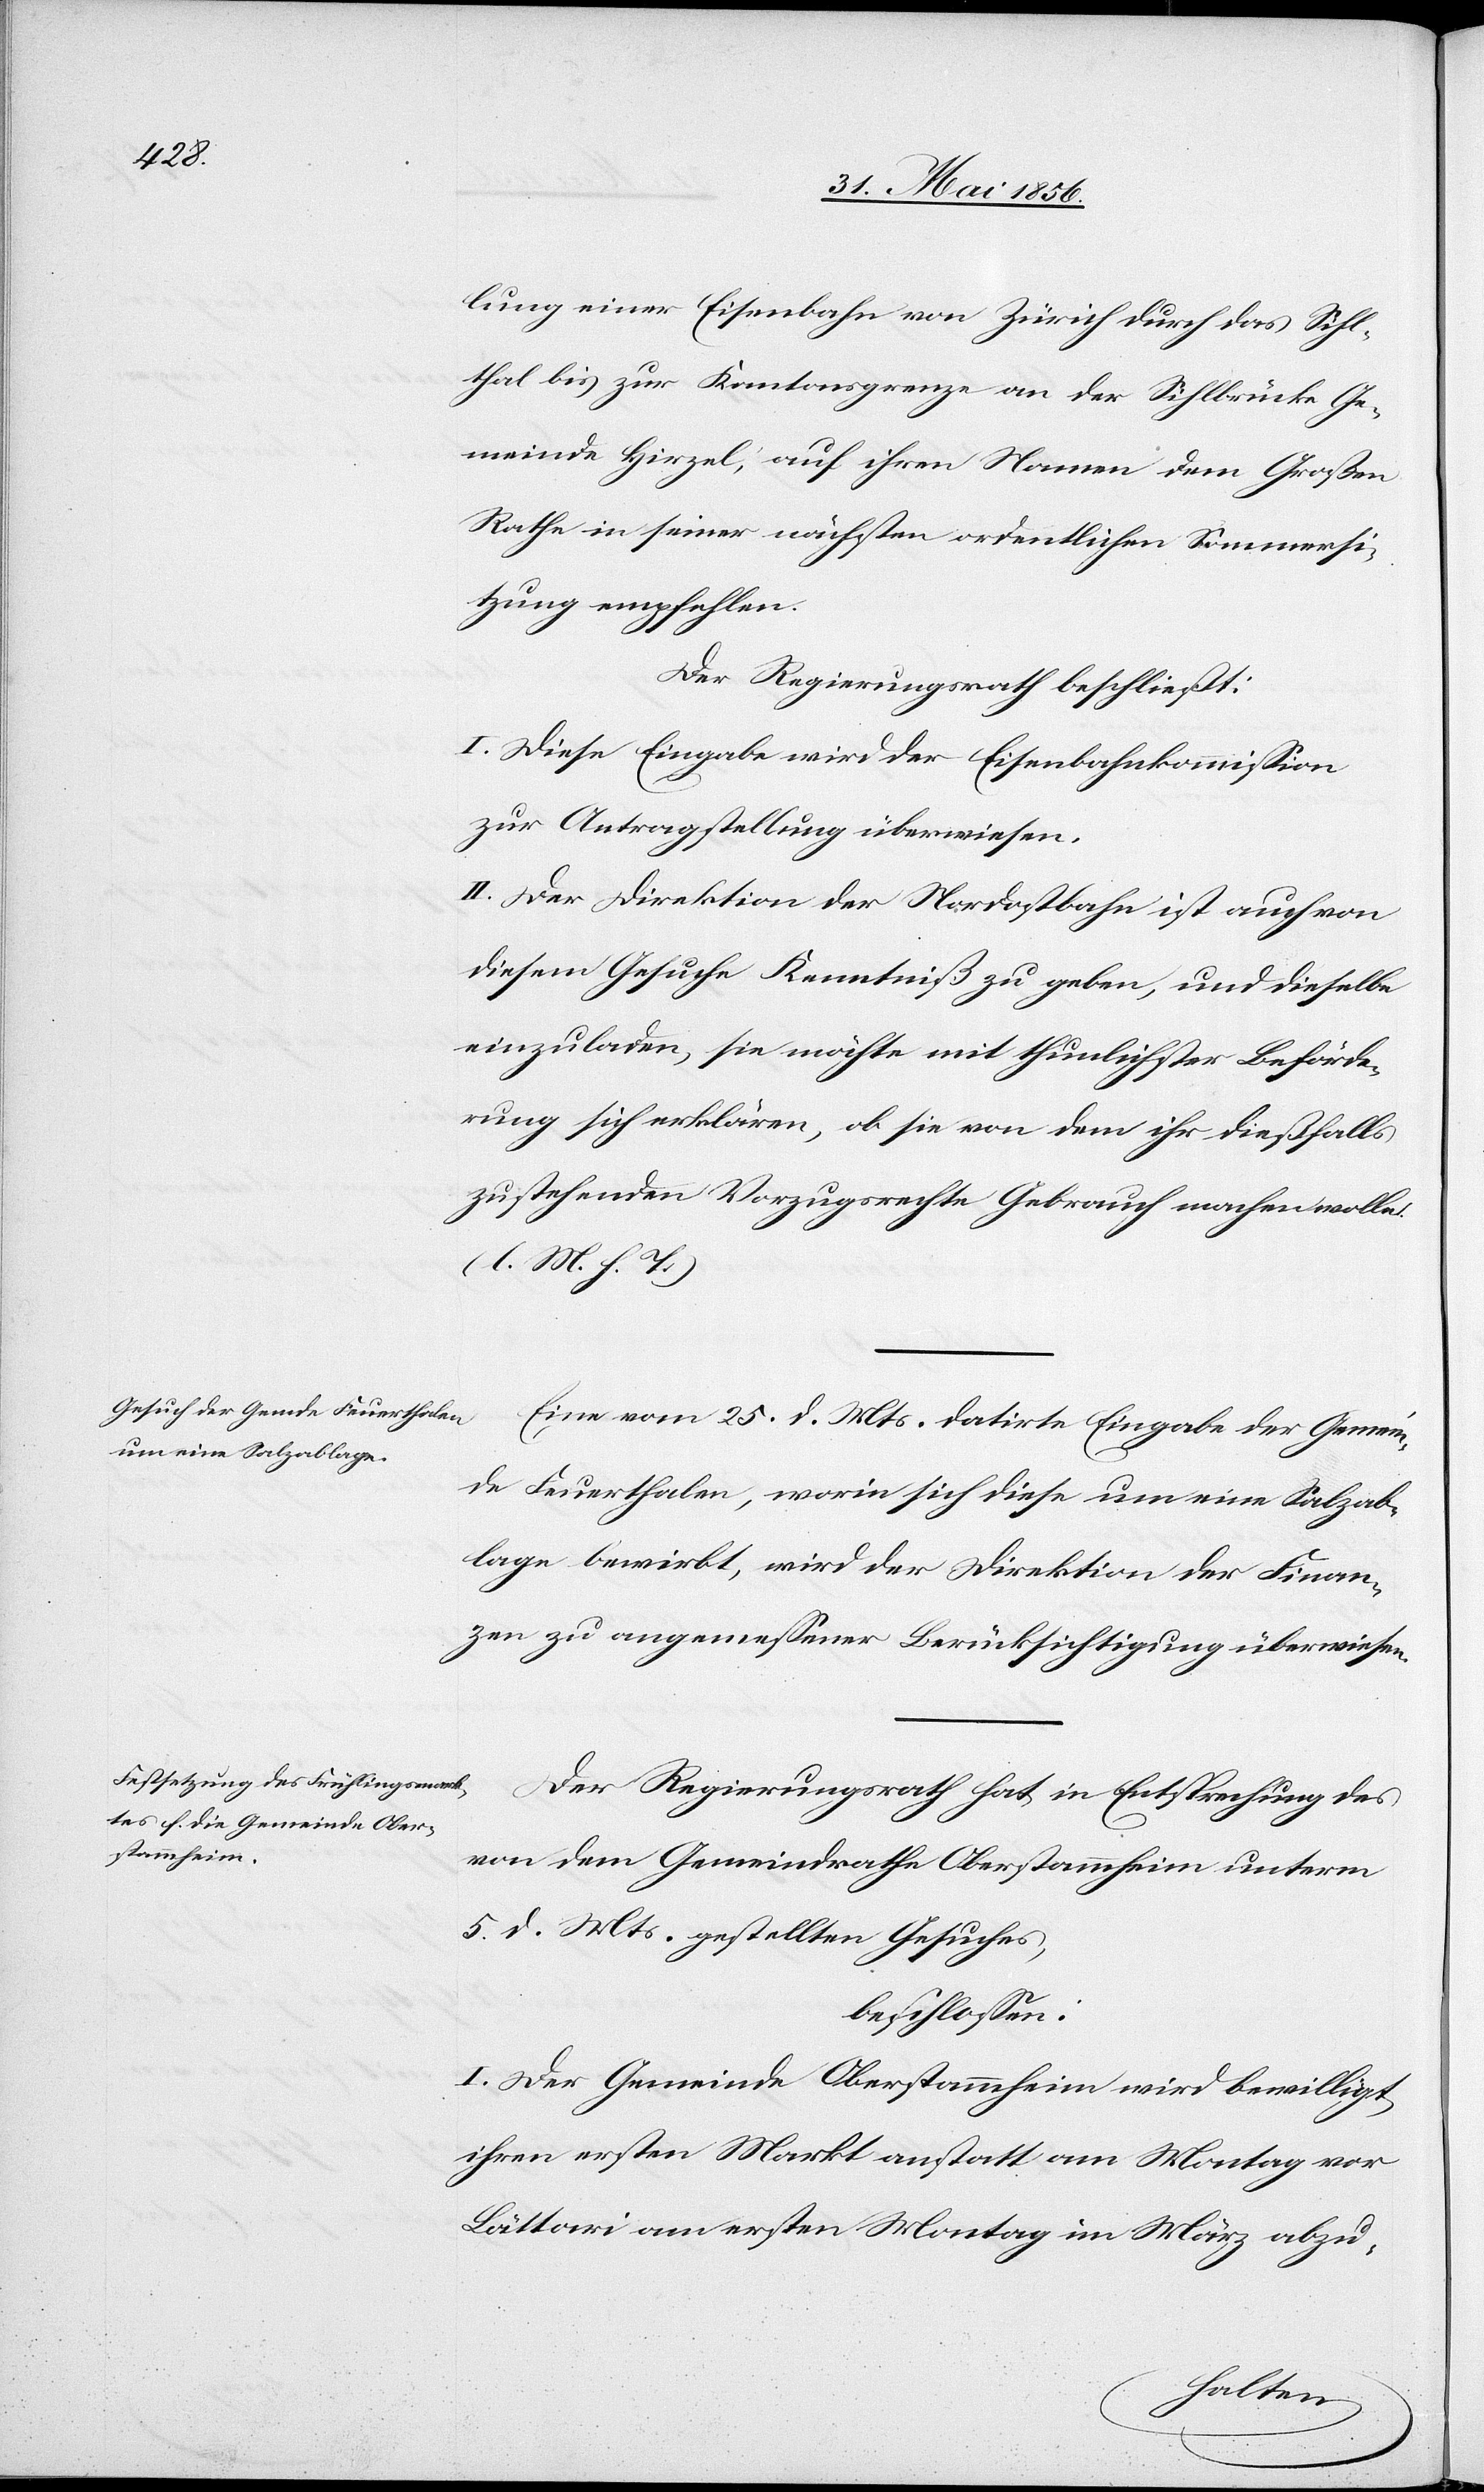
lung einer Eisenbahn von Zürich durch das Sihl¬
thal bis zur Kantonsgrenze an der Sihlbrücke Ge¬
meinde Hirzel, auf ihren Namen dem Großen
Rathe in seiner nächsten ordentlichen Sommersi¬
tzung empfehlen.
Der Regierungsrath beschließt:
I. Diese Eingabe wird der Eisenbahnkommission
zur Antragstellung überwiesen.
II. Der Direktion der Nordostbahn ist auch von
diesem Gesuche Kenntniß zu geben, und dieselbe
einzuladen, sie möchte mit thunlichster Beförde¬
rung sich erklären, ob sie von dem ihr dießfalls
zustehenden Vorzugsrechte Gebrauch machen wolle.
(l. M. h. T.)
Eine vom 25. d. Mts. datirte Eingabe der Gemein¬
de Feuerthalen, worin sich diese um eine Salzab¬
lage bewirbt, wird der Direktion der Finan¬
zen zu angemessener Berücksichtigung überwiesen.
Der Regierungsrath hat in Entsprechung des
von dem Gemeindrathe Oberstammheim unterm
5. d. Mts. gestellten Gesuches,
beschlossen:
I. Der Gemeinde Oberstammheim wird bewilligt,
ihren ersten Markt anstatt am Montag vor
Lättari am ersten Montag im März abzu-